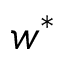
w ^ { \ast }